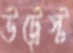
উট্রেস্ট